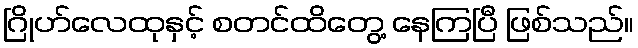
ဂြိုဟ်လေထုနှင့် စတင်ထိတွေ့ နေကြပြီ ဖြစ်သည်။